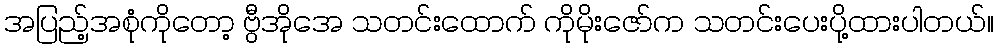
အပြည့်အစုံကိုတော့ ဗွီအိုအေ သတင်းထောက် ကိုမိုးဇော်က သတင်းပေးပို့ထားပါတယ်။